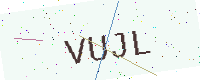
Text: VUJL